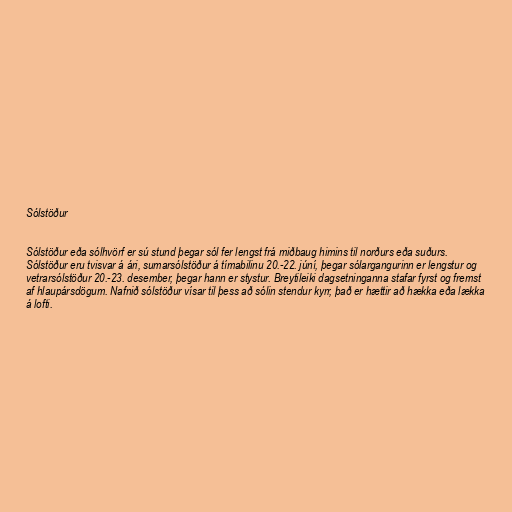
Sólstöður

Sólstöður eða sólhvörf er sú stund þegar sól fer lengst frá miðbaug himins til norðurs eða suðurs.
Sólstöður eru tvisvar á ári, sumarsólstöður á tímabilinu 20.-22. júní, þegar sólargangurinn er lengstur og
vetrarsólstöður 20.-23. desember, þegar hann er stystur. Breytileiki dagsetninganna stafar fyrst og fremst
af hlaupársdögum. Nafnið sólstöður vísar til þess að sólin stendur kyrr, það er hættir að hækka eða lækka
á lofti.